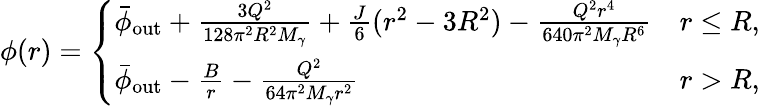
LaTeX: \phi(r)=\left\{ \begin{array}{ll}{\bar{\phi}_{\mathrm{out}}+\frac{3Q^{2}}{128\pi^{2}R^{2}M_{\gamma}}+\frac{J}{6}(r^{2}-3R^{2})-\frac{Q^{2}r^{4}}{640\pi^{2}M_{\gamma}R^{6}}}&{r\leq R,}\\ {\bar{\phi}_{\mathrm{out}}-\frac{B}{r}-\frac{Q^{2}}{64\pi^{2}M_{\gamma}r^{2}}}&{r>R,}\end{array}\right.